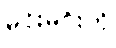
မင်းမင်းကို